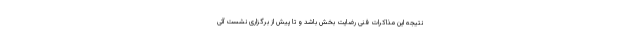
نتیجه این مذاکرات فنی رضایت بخش باشد و تا پیش از برگزاری نشست آتی